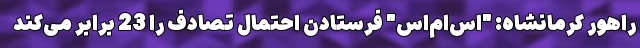
راهور کرمانشاه: "اس‌ام‌اس" فرستادن احتمال تصادف را 23 برابر می‌کند